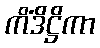
ကိံဒိဋ္ဌိကာ